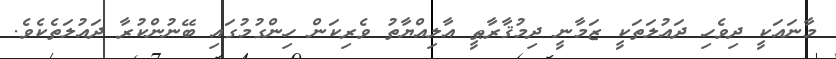
މާނައަކީ ދިވެހި ދައުލަތަކީ ޒަމާނީ ދިމުޤާރާޠީ އާލިއްޔާތު ވެރިކަން ހިންގުމުގައި ބޭނުންކުރާ ދައުލަތެކެވެ.